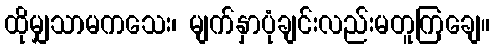
ထိုမျှသာမကသေး၊ မျက်နှာပုံချင်းလည်းမတူကြချေ။